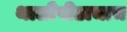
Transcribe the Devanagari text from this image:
थालीपीठाचाच